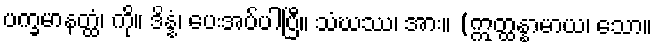
ပက္ခမာနတ္ထံ၊ ကို။ ဒိန္နံ၊ ပေးအပ်ပါပြီ။ သံဃဿ၊ အား။ (ဣတ္ထန္နာမာယ၊ သော။